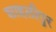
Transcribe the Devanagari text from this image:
शाहलीपुर